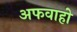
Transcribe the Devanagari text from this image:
अफवाहो